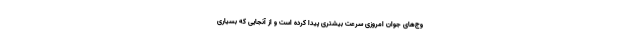
وج‌های جوان امروزی سرعت بیشتری پیدا کرده است و از آنجایی که بسیاری